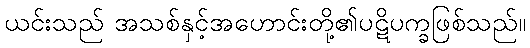
ယင်းသည် အသစ်နှင့်အဟောင်းတို့၏ပဋိပက္ခဖြစ်သည်။